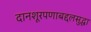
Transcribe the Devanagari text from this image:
दानशूरपणाबद्दलसुद्धा